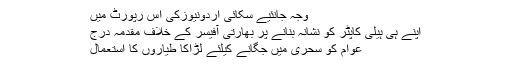
وجہ جانئیے سکائی اُردونیوزکی اس رپورٹ میں
اپنے ہی ہیلی کاپٹر کو نشانہ بنانے پر بھارتی آفیسر کے خلاف مقدمہ درج
عوام کو سحری میں جگانے کیلئے لڑاکا طیاروں کا استعمال